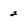
Character: 2